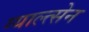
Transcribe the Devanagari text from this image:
ग्याल्त्सेन